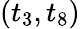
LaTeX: (t_{3},t_{8})